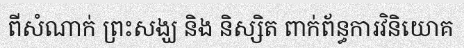
ពីសំណាក់ ព្រះសង្ឃ និង និស្សិត ពាក់ព័ន្ធការវិនិយោគ